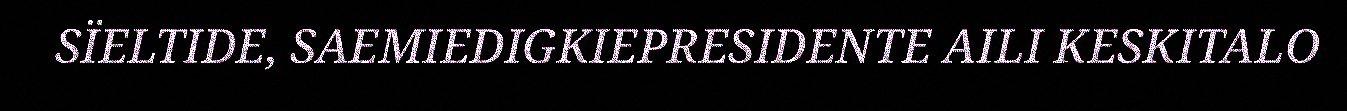
SÏELTIDE, SAEMIEDIGKIEPRESIDENTE AILI KESKITALO